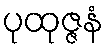
ပုထုဇ္ဇနံ